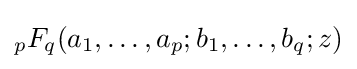
{}_{p}F_{q}(a_{1},\dots ,a_{p};b_{1},\dots ,b_{q};z)